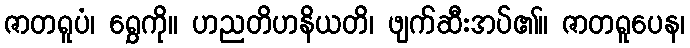
ဇာတရူပံ၊ ရွှေကို။ ဟညတိဟနိယတိ၊ ဖျက်ဆီးအပ်၏။ ဇာတရူပေန၊